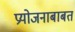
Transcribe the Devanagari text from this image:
प्रयोजनाबाबत